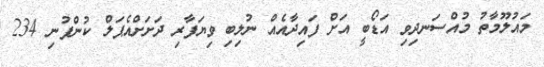
މައުލޫމާތު މުއްސަނދިވި އަޑޯބީ އަށް ފައިދާއެއް ނުލިބި ވިޔަފާރި ދަށަށްއެޕަލް ކުންފުނި 234